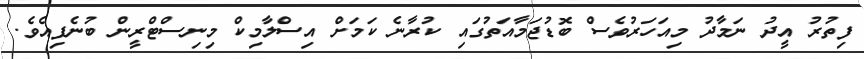
ފިތުރު އީދު ނަމާދު މިއަހަރުވެސް ބޮޑުޖަމާއަތުގައި ކުރާނެ ކަމަށް އިސްލާމިކް މިނިސްޓްރީން ބުނެފިއެވެ.